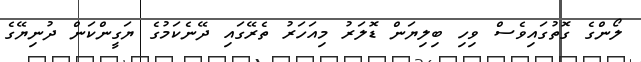
ލޯންގެ ގޮތުގައިވެސް ވިހި ބިލިޔަން ޑޮލަރު މިއަހަރު ތެރޭގައި ދޭނެކަމުގެ ޔަގީންކަން ދުނިޔޭގެ